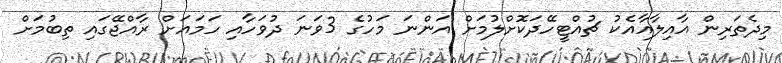
މިދެތަރިން އާއިލާއާއެކު ޗުއްޓީހޭދަކޮށްލުމަށް އަންނަ މަހުގެ 3ވަނަ ދުވަހާއި ހަމައަށް ރާއްޖޭގައި ތިބުމަށް